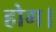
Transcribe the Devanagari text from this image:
होग।